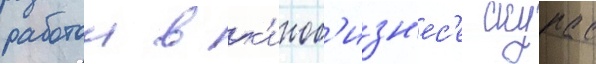
работои в к'иноб'изн'ес'е скурас